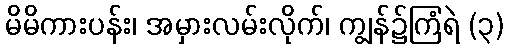
မိမိကားပန်း၊ အမှားလမ်းလိုက်၊ ကျွန်၌ကြံရဲ (၃)